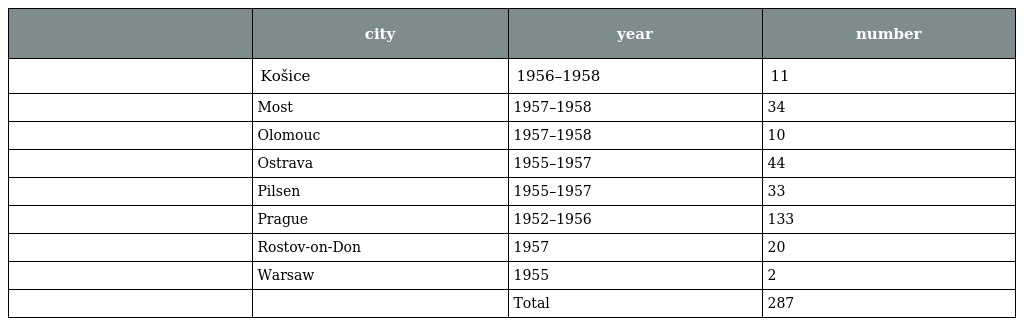
|  | city | year | number |
 | --- | --- | --- | --- |
 |  | Košice | 1956–1958 | 11 |
 |  | Most | 1957–1958 | 34 |
 |  | Olomouc | 1957–1958 | 10 |
 |  | Ostrava | 1955–1957 | 44 |
 |  | Pilsen | 1955–1957 | 33 |
 |  | Prague | 1952–1956 | 133 |
 |  | Rostov-on-Don | 1957 | 20 |
 |  | Warsaw | 1955 | 2 |
 |  |  | Total | 287 |